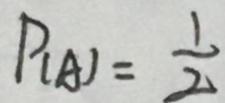
P _ { ( A ) } = \frac { 1 } { 2 }